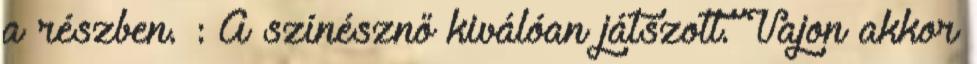
a részben. : A színésznő kiválóan játszott. Vajon akkor